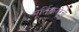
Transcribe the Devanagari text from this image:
मूर्तिकलेचे